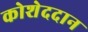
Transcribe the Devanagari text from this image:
कोशेददान